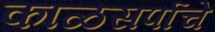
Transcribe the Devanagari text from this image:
काळसर्पाचे